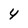
Character: 4